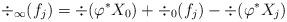
LaTeX: \begin{align*}{\div}_{\infty}(f_j) = \div (\varphi^*X_0) + {\div}_0(f_j) - \div(\varphi^*X_j)\end{align*}